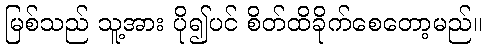
မြစ်သည် သူ့အား ပို၍ပင် စိတ်ထိခိုက်စေတော့မည်။